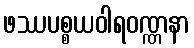
ဖဿပစ္စယဝါရဝဏ္ဏနာ